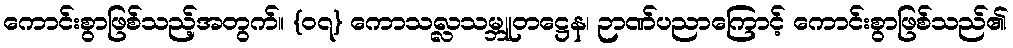
ကောင်းစွာဖြစ်သည့်အတွက်။ {၀၇} ကောသလ္လသမ္ဘူတဋ္ဌေန၊ ဉာဏ်ပညာကြောင့် ကောင်းစွာဖြစ်သည်၏